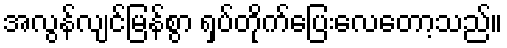
အလွန်လျင်မြန်စွာ ရှပ်တိုက်ပြေးလေတော့သည်။